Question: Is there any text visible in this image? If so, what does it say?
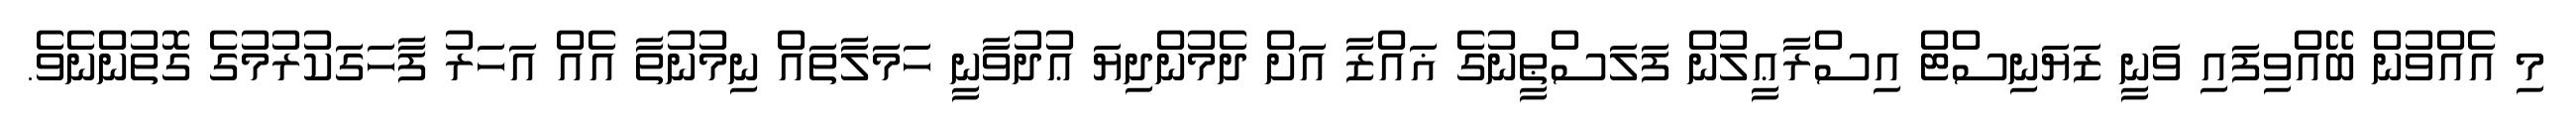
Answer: މި އެއްވުން ބޭއްވިފައި ވަނީ ޒަޔަނިސްޓް އިސްރާޢީލުން ފަލަސްޠީނުގެ ޣައްޒާ އަށް ދެމުންދިޔަ ޢުދުވާނީ ހަމަލާތައް ނިމުނުތާ އެއް އަހަރު ފާހަގަކުރުމުގެ ގޮތުންނެވެ.